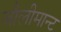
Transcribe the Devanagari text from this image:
जौलीमान्‍ट